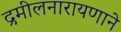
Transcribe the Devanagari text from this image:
द्रमीलनारायणाने